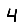
Digit: 4